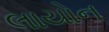
લાયોન